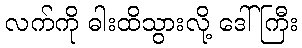
လက်ကို ဓါးထိသွားလို့ ဒေါ်ကြီး